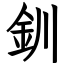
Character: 釧